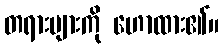
တရားများကို ဟောထား၏။